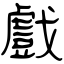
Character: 戲